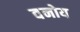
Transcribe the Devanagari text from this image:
वनोय